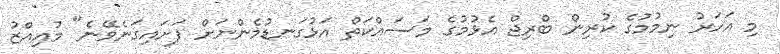
މި އަހަރު ނިމުމުގެ ކުރިން ބްރިޖް އެޅުމުގެ މަސައްކަތް އަޅުގަނޑުމެންނަށް ފަށައިގަނެވޭނެ" މުއިއްޒު